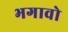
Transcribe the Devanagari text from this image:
भगावो